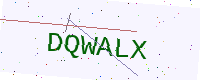
Text: DQWALX